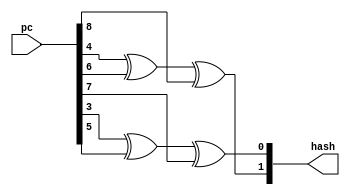
// This program was cloned from: https://github.com/NYU-MLDA/OpenABC
// License: BSD 3-Clause "New" or "Revised" License

module rvbtb_addr_hash
(
  pc,
  hash
);

  input [31:1] pc;
  output [5:4] hash;
  wire [5:4] hash;
  wire N0,N1;
  assign hash[5] = N0 ^ pc[9];
  assign N0 = pc[5] ^ pc[7];
  assign hash[4] = N1 ^ pc[8];
  assign N1 = pc[4] ^ pc[6];

endmodule